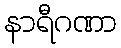
နာရီဂဏာ